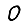
Digit: 0